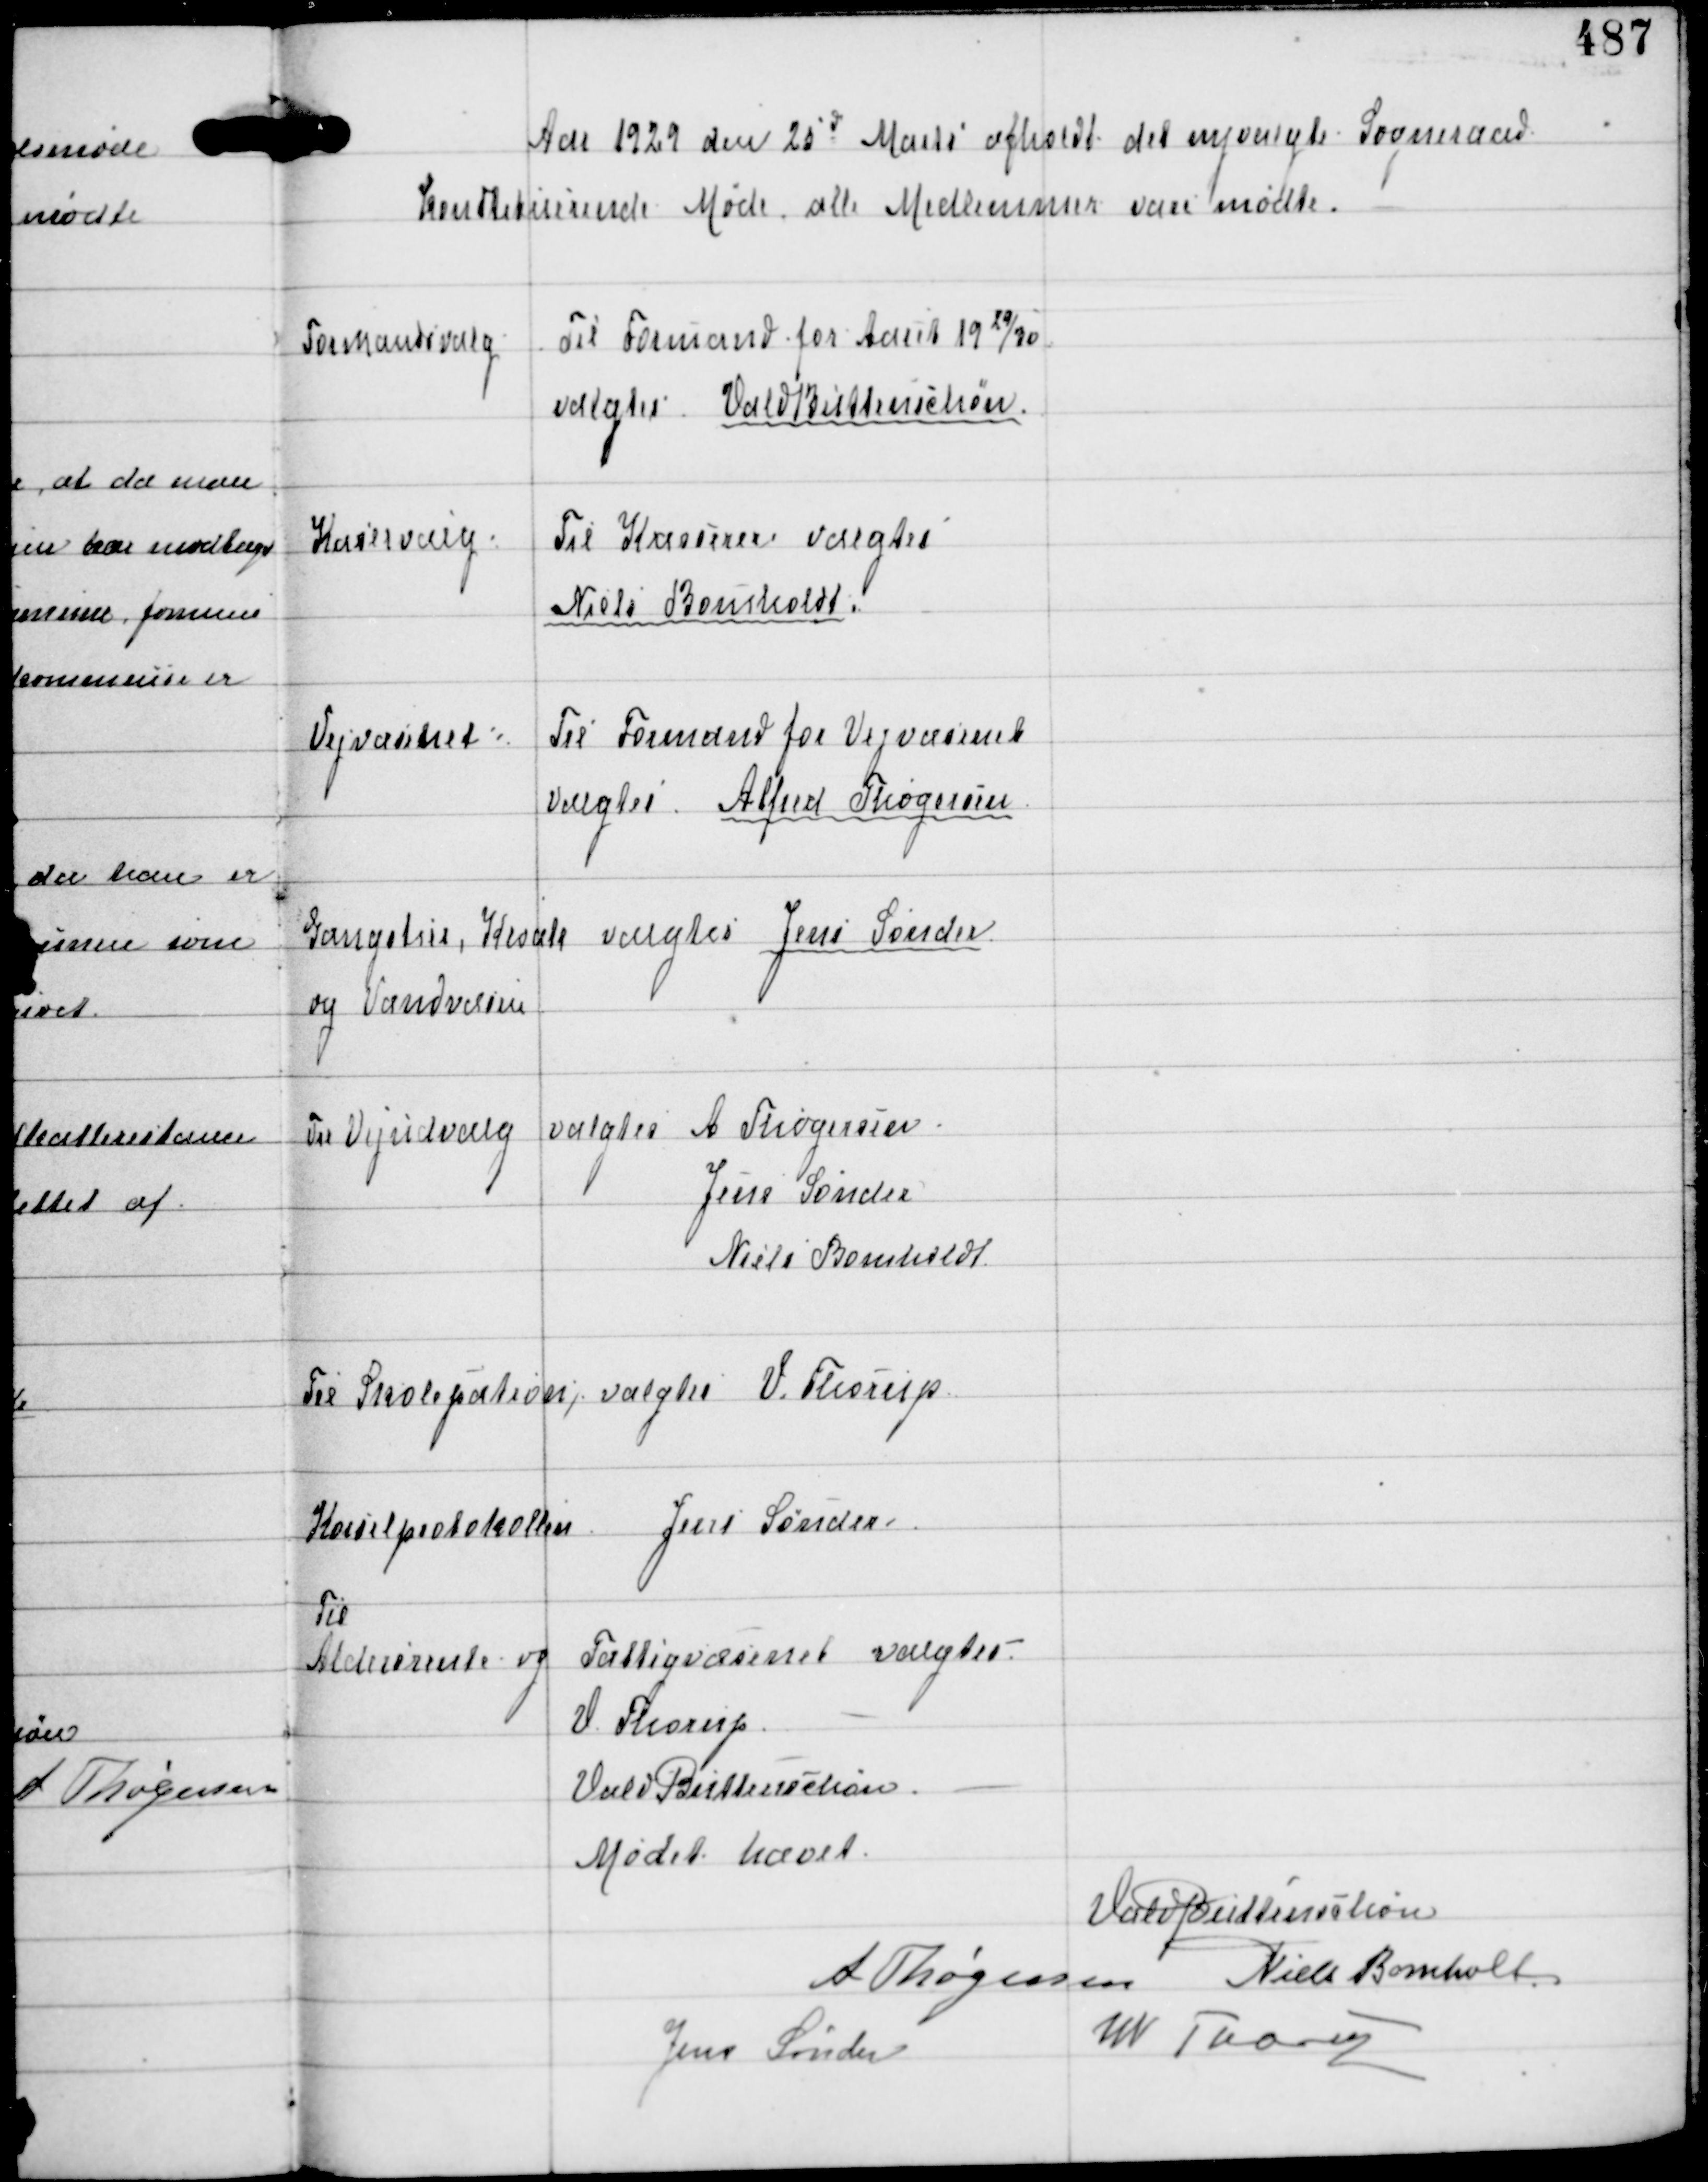
Transskription:
Aar 1929 den 25d Marts afholdt det nyvalgte Sogneraad
konstituerende Møde alle Medlemmer vare mødte.

Formandsvalg

Til Formand for Aaret 1929/30
valgtes Vald Buttenschøn

Kaservalg.

Til Kasserer valgtes
Niels Bomholdt

Vejvæsenet.

Til Formand for Vejvæsenet
valgtes Alfred Thøgersen

Gangstier, Kloak
og Vandvæsen

valgtes Jens Sønder

Til Vejudvalg

valgtes A Thøgersen
Jens Sønder
Niels Bomholdt

Til Skolepatron ⁒ valgtes V. Thorup

Kørselprotokollen Jens Sønder

Til
Aldersrente og Fattigvæsenet valgtes
V. Thorup
Vald Buttenschøn

Mødet hævet
Vald Buttenschøn
A Thøgersen Niels Bomholt
Jens Sønder
W Thorup